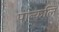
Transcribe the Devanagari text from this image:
पान्कलि